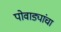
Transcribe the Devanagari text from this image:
पोवाड्यांचा